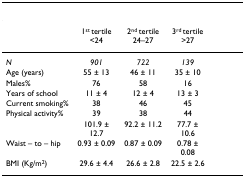
<table><thead><tr><td>[EMPTY_CELL]</td><td colspan="3">[EMPTY_CELL]</td><td>[EMPTY_CELL]</td></tr></thead><tbody><tr><td>[EMPTY_CELL]</td><td>1<sup>st </sup>tertile &lt;24</td><td>2<sup>nd </sup>tertile 24–27</td><td>3<sup>rd </sup>tertile &gt;27</td><td>[EMPTY_CELL]</td></tr><tr><td><i>N</i></td><td><i>901</i></td><td><i>722</i></td><td><i>139</i></td><td>[EMPTY_CELL]</td></tr><tr><td>Age (years)</td><td>55 ± 13</td><td>46 ± 11</td><td>35 ± 10</td><td>[EMPTY_CELL]</td></tr><tr><td>Males%</td><td>76</td><td>58</td><td>16</td><td>[EMPTY_CELL]</td></tr><tr><td>Years of school</td><td>11 ± 4</td><td>12 ± 4</td><td>13 ± 3</td><td>[EMPTY_CELL]</td></tr><tr><td>Current smoking%</td><td>38</td><td>46</td><td>45</td><td>[EMPTY_CELL]</td></tr><tr><td>Physical activity%</td><td>39</td><td>38</td><td>44</td><td>[EMPTY_CELL]</td></tr><tr><td>[EMPTY_CELL]</td><td>101.9 ± 12.7</td><td>92.2 ± 11.2</td><td>77.7 ± 10.6</td><td>[EMPTY_CELL]</td></tr><tr><td>Waist – to – hip</td><td>0.93 ± 0.09</td><td>0.87 ± 0.09</td><td>0.78 ± 0.08</td><td>[EMPTY_CELL]</td></tr><tr><td>BMI (Kg/m<sup>2</sup>)</td><td>29.6 ± 4.4</td><td>26.6 ± 2.8</td><td>22.5 ± 2.6</td><td>[EMPTY_CELL]</td></tr></tbody></table>